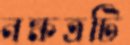
নক্ষত্রটি